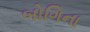
બોગિના